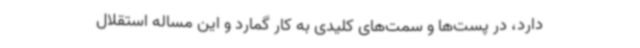
دارد، در پست‌ها و سمت‌های کلیدی به کار گمارد و این مساله استقلال